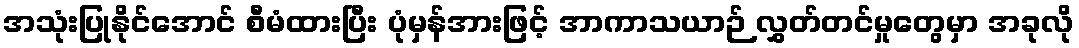
အသုံးပြုနိုင်အောင် စီမံထားပြီး ပုံမှန်အားဖြင့် အာကာသယာဉ် လွှတ်တင်မှုတွေမှာ အခုလို